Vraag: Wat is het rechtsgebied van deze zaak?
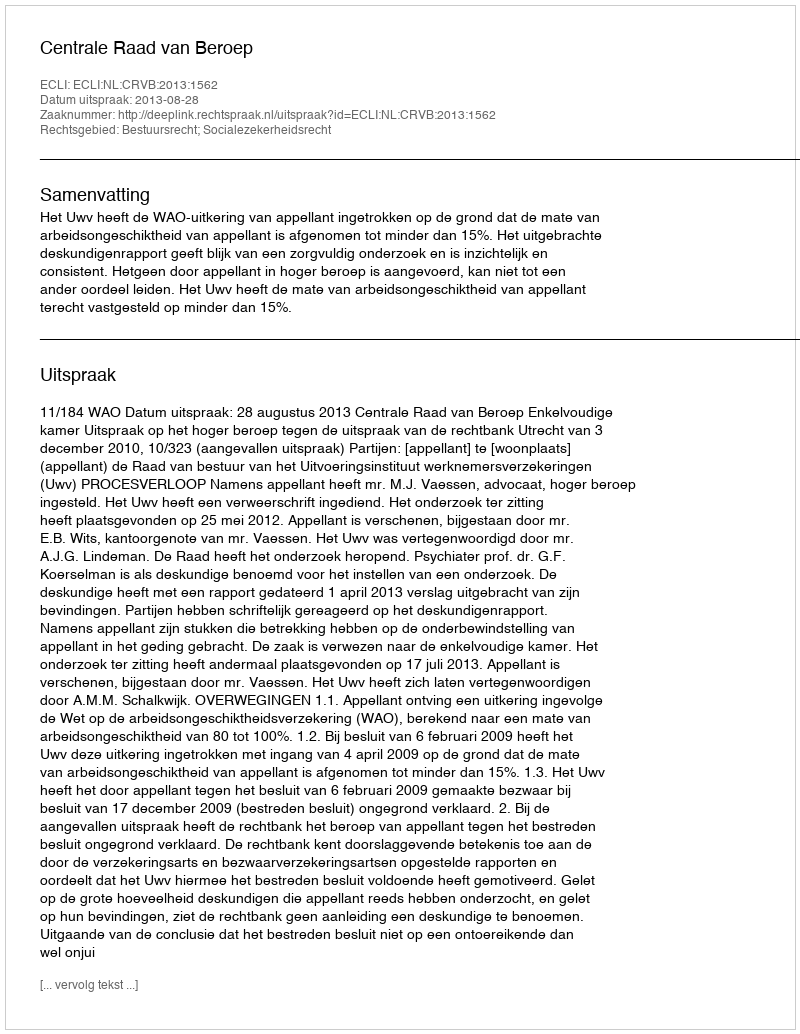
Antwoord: Bestuursrecht; Socialezekerheidsrecht